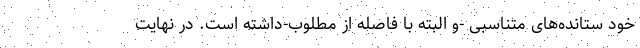
خود ستانده‌های متناسبی -و البته با فاصله از مطلوب‌-داشته است. در نهایت